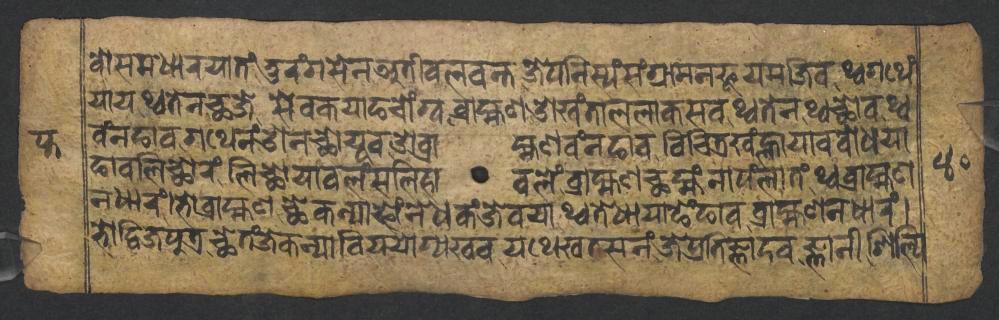
𑐰𑑀𑐳𑐩𑐢𑐵𑐬𑐫𑐵𑐟𑑄𑐟𑐸𑐬𑑄𑐐𑐳𑐾𑐣𑐀𑐟𑐷𑐧𑐮𑐰𑐣𑑂𑐟𑐖𑐾𑐥𑐣𑐶𑐳𑑂𑐫𑑄𑐳𑑄𑐐𑑂𑐬𑐵𑐩𑐣𑐦𑐸𑐫𑐩𑐖𑐶𑐰𑐠𑑂𑐰𑐐𑐠𑐾𑑄 𑐫𑐵𑐫𑐠𑑂𑐰𑐟𑐾𑐣𑐕𑐖𑐾𑐳𑐾𑐰𑐎𑐫𑐵𑐒𑐔𑑀𑑄𑐐𑑂𑐰𑐧𑑂𑐬𑐵𑐴𑑂𑐩𑐞𑐌𑐏𑑄𑐟𑐵𑐮𑐮𑐵𑐎𑐳𑐰𑐠𑑂𑐰𑐟𑐾𑐣𑐠𑑂𑐰𑐕𑑀𑐰𑐠𑑂𑐰 𑐰𑑄𑐣𑐒𑐵𑐰𑐐𑐠𑐾𑐣𑑄𑐌𑐣𑐕𑑀𑐫𑐸𑐰𑐌𑐧𑑂𑐬𑐵𑐴𑑂𑐩𑐞𑐰𑑄𑐣𑐒𑐵𑐰𑐰𑐶𑐔𑐶𑐟𑑂𑐬𑐏𑑄𑐮𑑂𑐴𑐵𑐫𑐵𑐰𑐧𑑀𑐢𑐫𑐵 𑐒𑐵𑐰𑐮𑐶𑐕𑑀𑐬𑑄𑐮𑐶𑐕𑑀𑐫𑐵𑐰𑐮𑑄𑐳𑐮𑐶𑐴𑐵𑐰𑐮𑐾𑑄𑐧𑑂𑐬𑐵𑐴𑑂𑐩𑐞𑐕𑐩𑑂𑐴𑑄𑐣𑐵𑐥𑑄𑐮𑐵𑐟𑑄𑐠𑑂𑐰𑐧𑑂𑐬𑐵𑐴𑑂𑐩𑐞 𑐣𑐢𑐵𑐬𑑄𑐨𑑀𑐧𑑂𑐬𑐵𑐴𑑂𑐩𑐞𑐕𑐾𑐎𑐣𑑂𑐫𑐵𑐦𑑀𑑄𑐣𑐾𑐢𑐎𑑄𑐖𑐾𑐰𑐫𑐵𑐠𑑂𑐰𑐟𑐾𑐢𑐵𑐫𑐵𑐒𑐾𑑄𑐒𑐵𑐰𑐧𑑂𑐬𑐵𑐴𑑂𑐩𑐞𑐣𑐢𑐵𑐬𑑄𑑋 𑐨𑑀𑐡𑑂𑐰𑐶𑐖𑐥𑐸𑐟𑑂𑐬𑐕𑐾𑐟𑑄𑐖𑐾𑐎𑐣𑑂𑐫𑐵𑐧𑐶𑐫𑐫𑑀𑐐𑑂𑐫𑐏𑐰𑐫𑐠𑐾𑐏𑐟𑐳𑐣𑑄𑐖𑐾𑐥𑑂𑐬𑐟𑐶𑐖𑑂𑐘𑐵𑐡𑐰𑐖𑑂𑐘𑐵𑐣𑐷𑐱𑐶𑐮𑑂𑐥𑐶